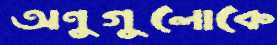
অণুগুলোকে